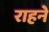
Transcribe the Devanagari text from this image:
राहने